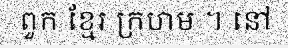
ពួក ខ្មែរ ក្រហម ។ នៅ